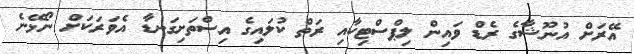
އޭރަށް އުނޫޝާގެ ރެޑް ވައިން ލިޕްސްޓިކާއި ރަތް ކުލައިގެ އިސްތަށިގަނޑާ އެވަރަކަށް ނޯޅޭނެ